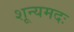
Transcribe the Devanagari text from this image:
शून्यमदः